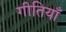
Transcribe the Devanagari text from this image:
गीतियाँ